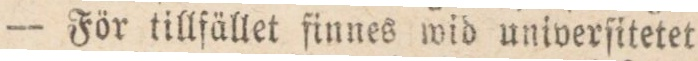
För tillfället finnes wid univerfitetet